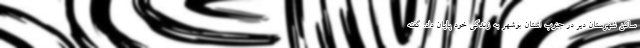
ساکن شهرستان دیّر در جنوب استان بوشهر به زندگی خود پایان داد. گفته